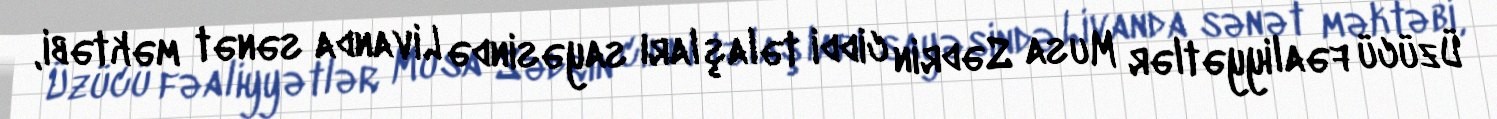
Üzücü fəaliyyətlər Musa Sədrin ciddi təlaşları sayəsində Livanda sənət məktəbi,